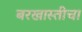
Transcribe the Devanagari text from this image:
बरखास्तीचा